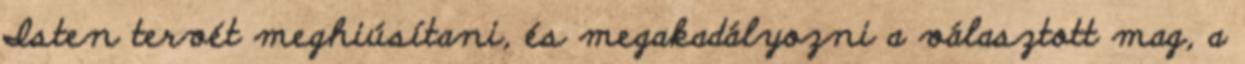
Isten tervét meghiúsítani, és megakadályozni a választott mag, a